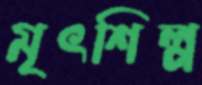
মৃৎশিল্প